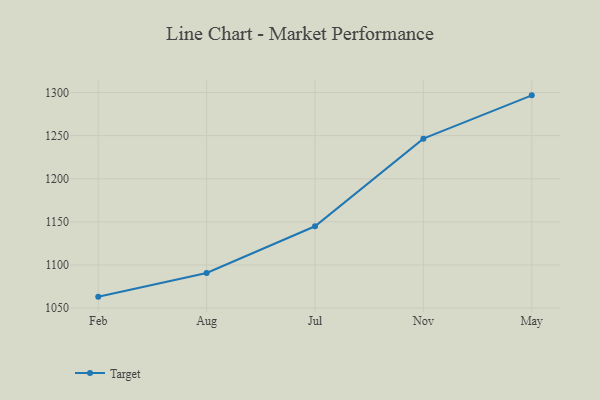
{"axis": {"x": "Month", "y": "Temperature (°C)"}, "legend": ["Target"], "data": [{"x": "Feb", "y": 1063.3, "type": "Target"}, {"x": "Aug", "y": 1090.7, "type": "Target"}, {"x": "Jul", "y": 1144.9, "type": "Target"}, {"x": "Nov", "y": 1246.5, "type": "Target"}, {"x": "May", "y": 1296.7, "type": "Target"}]}